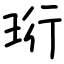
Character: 珩